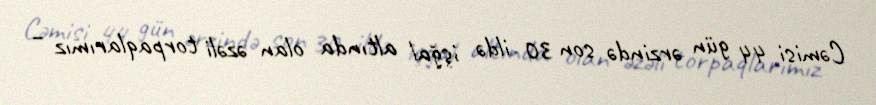
Cəmisi 44 gün ərzində son 30 ildə işğal altında olan əzəli torpaqlarımız –